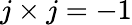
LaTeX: j\times j=-1